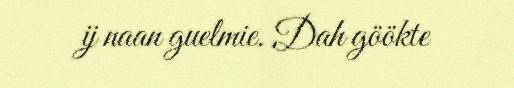
ij naan guelmie. Dah göökte